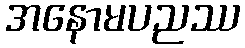
အနောမပညဿ